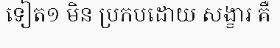
ទៀត១ មិន ប្រកបដោយ សង្ខារ គឺ